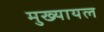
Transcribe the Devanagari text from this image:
मुख्‍यायल